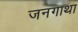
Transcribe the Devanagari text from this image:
जनगाथा